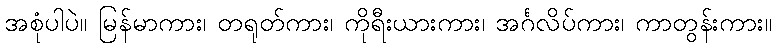
အစုံပါပဲ။ မြန်မာကား၊ တရုတ်ကား၊ ကိုရီးယားကား၊ အင်္ဂလိပ်ကား၊ ကာတွန်းကား။